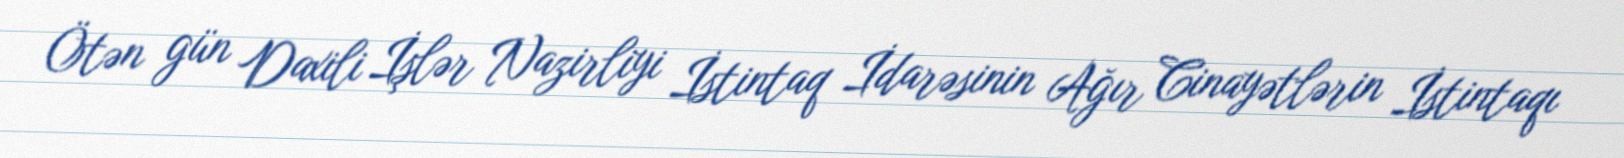
Ötən gün Daxili İşlər Nazirliyi İstintaq İdarəsinin Ağır Cinayətlərin İstintaqı